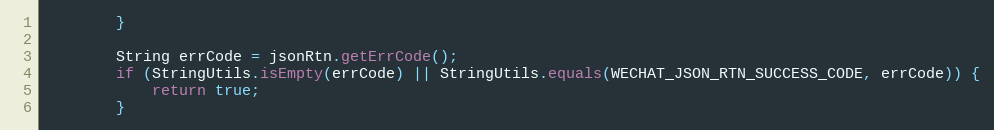
Language: Java
        }

        String errCode = jsonRtn.getErrCode();
        if (StringUtils.isEmpty(errCode) || StringUtils.equals(WECHAT_JSON_RTN_SUCCESS_CODE, errCode)) {
            return true;
        }